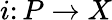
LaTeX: i\colon P\to X